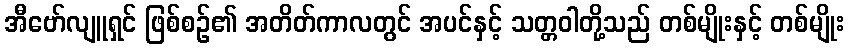
အီဗော်လျူရှင် ဖြစ်စဉ်၏ အတိတ်ကာလတွင် အပင်နှင့် သတ္တဝါတို့သည် တစ်မျိုးနှင့် တစ်မျိုး